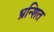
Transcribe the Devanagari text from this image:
भ्रन्शित